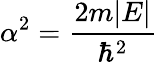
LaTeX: \alpha^{2}={\frac{2m|E|}{\hbar^{2}}}